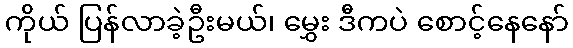
ကိုယ် ပြန်လာခဲ့ဦးမယ်၊ မွှေး ဒီကပဲ စောင့်နေနော်